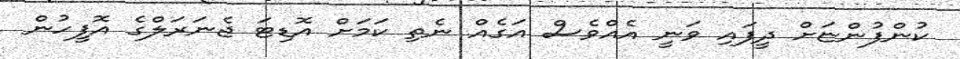
ކުންފުންޏަށް ދީފައި ވަނީ އެއްވެސް އަގެއް ނެތި ކަމަށް އޮޑިޓަ ޖެނަރަލްގެ އޮފީހުން